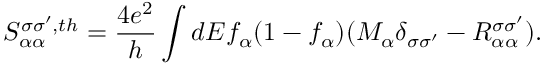
{ S _ { \alpha \alpha } ^ { \sigma \sigma ^ { \prime } , t h } } = \frac { 4 e ^ { 2 } } { h } \int d E f _ { \alpha } ( 1 - f _ { \alpha } ) ( M _ { \alpha } \delta _ { \sigma \sigma ^ { \prime } } - R _ { \alpha \alpha } ^ { \sigma \sigma ^ { \prime } } ) .